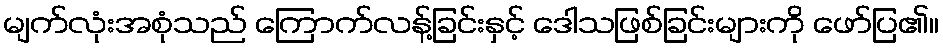
မျက်လုံးအစုံသည် ကြောက်လန့်ခြင်းနှင့် ဒေါသဖြစ်ခြင်းများကို ဖော်ပြ၏။